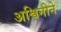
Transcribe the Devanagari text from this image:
अश्विनीने